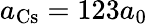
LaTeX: a_{\mathrm{{Cs}}}=123a_{0}